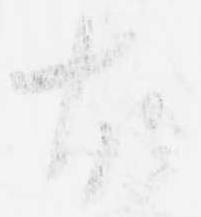
故